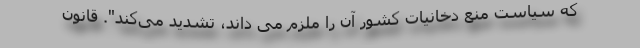
که سیاست منع دخانیات کشور آن را ملزم می داند، تشدید می‌کند". قانون